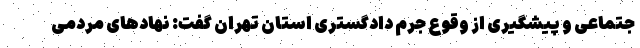
جتماعی و پیشگیری از وقوع جرم دادگستری استان تهران گفت: نهادهای مردمی